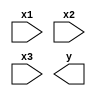
`timescale 1ns / 1ps
//////////////////////////////////////////////////////////////////////////////////
// Company: 
// Engineer: 
// 
// Design Name: 
// Module Name:    lab3dpath 
// Project Name: 
// Target Devices: 
// Tool versions: 
// Description: 
//
// Dependencies: 
//
// Revision: 
// Revision 0.01 - File Created
// Additional Comments: 
//
//////////////////////////////////////////////////////////////////////////////////
module lab3dpath(x1,x2,x3,y);
input [9:0] x1,x2,x3;
output [9:0] y;

//complete this module

endmodule